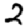
Digit: 2